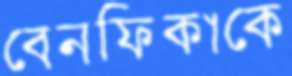
বেনফিকাকে